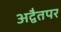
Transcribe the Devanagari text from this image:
अद्वैतपर